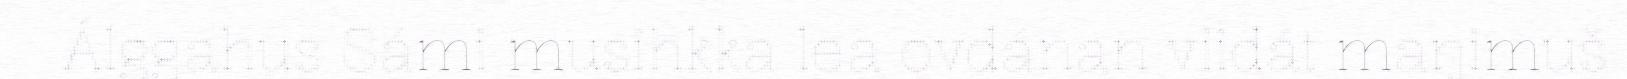
Álggahus Sámi musihkka lea ovdánan viidát maŋimuš